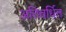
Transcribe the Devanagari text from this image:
अतिवर्धित